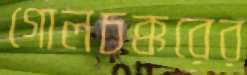
গোলচক্করের